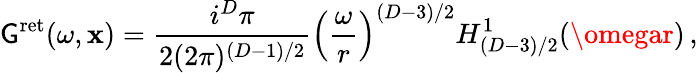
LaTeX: \mathsf{G}^{\mathrm{{ret}}}(\omega,{\mathbf{x}})=\frac{{i^{D}\pi}}{{2(2\pi)^{(D-1)/2}}}\left(\frac{{\omega}}{{r}}\right)^{(D-3)/2}H_{(D-3)/2}^{1}(\omegar)\, ,